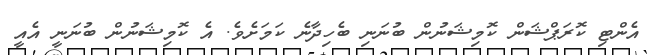
އެންޓި ކޮރަޕްޝަން ކޮމިޝަނުން ބުނަނި ބެހިދާނެ ކަމަށެވެ. އެ ކޮމިޝަނުން ބުނަނީ އެއީ